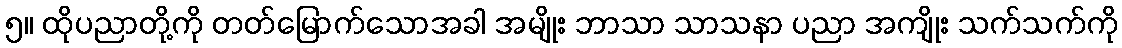
၅။ ထိုပညာတို့ကို တတ်မြောက်သောအခါ အမျိုး ဘာသာ သာသနာ ပညာ အကျိုး သက်သက်ကို